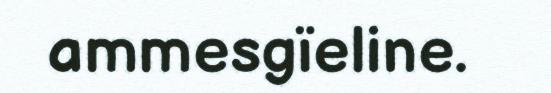
ammesgïeline.